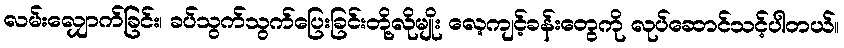
လမ်းလျှောက်ခြင်း၊ ခပ်သွက်သွက်ပြေးခြင်းတို့လိုမျိုး လေ့ကျင့်ခန်းတွေကို လုပ်ဆောင်သင့်ပါတယ်။